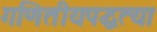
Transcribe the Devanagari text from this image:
गणितीयपद्धत्या